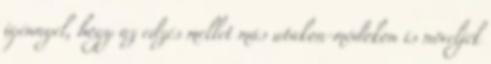
igénnyel, hogy az edzés mellet más utakon-módokon is növeljék